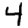
Digit: 4